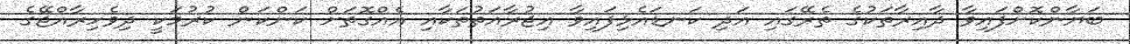
ބަޔާންކޮށްފައިވާ ދާއިރާތަކުގެ ތެރޭގައި އަދި ކަނޑައެޅިފައިވާ އިޖުރާއަތުތަކާއި އެއްގޮތަށް ކަންކަން ކުރުމަކީ ދިވެހިރާއްޖޭގެ